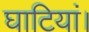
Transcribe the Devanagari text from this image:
घाटियां।